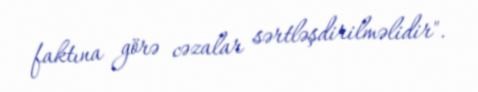
faktına görə cəzalar sərtləşdirilməlidir".